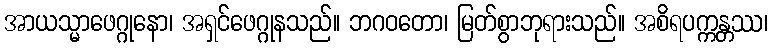
အာယသ္မာဖေဂ္ဂုနော၊ အရှင်ဖေဂ္ဂုနသည်။ ဘဂဝတော၊ မြတ်စွာဘုရားသည်။ အစိရပက္ကန္တဿ၊